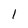
Character: 1